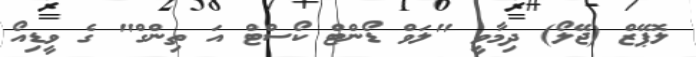
ލޮޕޭޒް (ޖޭލޯ) ދިމާވީ "ލަވް ޑޯންޓް ކޯސްޓް އަ ތިންގް" ގެ ވީޑިއޯ